Report of the Imperial Institute of Veterinary Research, Muktesar
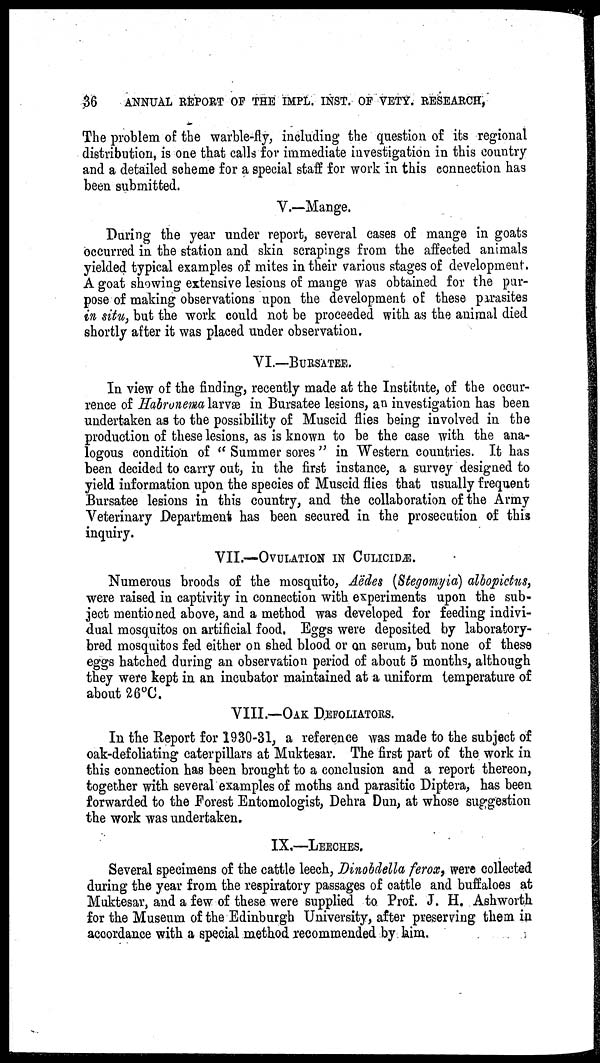
36
ANNUAL REPORT OF THE IMPL. INST. OF VETY. RESEARCH,
The problem of the warble-fly, including the question of its regional
distribution, is one that calls for immediate investigation in this country
and a detailed scheme for a special staff for work in this connection has
been submitted.
V.—Mange.
During the year under report, several cases of mange in goats
occurred in the station and skin scrapings from the affected animals
yielded typical examples of mites in their various stages of development.
A goat showing extensive lesions of mange was obtained for the pur-
pose of making observations upon the development of these parasites
in situ, but the work could not be proceeded with as the animal died
shortly after it was placed under observation.
VI.—BURSATEE.
In view of the finding, recently made at the Institute, of the occur-
rence of Habronema larvæ in Bursatee lesions, an investigation has been
undertaken as to the possibility of Muscid flies being involved in the
production of these lesions, as is known to be the case with the ana-
logous condition of " Summer sores " in Western countries. It has
been decided to carry out, in the first instance, a survey designed to
yield information upon the species of Muscid flies that usually frequent
Bursatee lesions in this country, and the collaboration of the Army
Veterinary Department has been secured in the prosecution of this
inquiry.
VII.—OVULATION IN CULICIDÆ.
Numerous broods of the mosquito, Aëdes (Stegomyia) albopictus,
were raised in captivity in connection with experiments upon the sub-
ject mentioned above, and a method was developed for feeding indivi-
dual mosquitos on artificial food. Eggs were deposited by laboratory-
bred mosquitos fed either on shed blood or on serum, but none of these
eggs hatched during an observation period of about 5 months, although
they were kept in an incubator maintained at a uniform temperature of
about 26°C.
VIII.—OAK DEFOLIATORS.
In the Report for 1930-31, a reference was made to the subject of
oak-defoliating caterpillars at Muktesar. The first part of the work in
this connection has been brought to a conclusion and a report thereon,
together with several examples of moths and parasitic Diptera, has been
forwarded to the Forest Entomologist, Dehra Dun, at whose suggestion
the work was undertaken.
IX.—LEECHES.
Several specimens of the cattle leech, Dinobdella ferox, were collected
during the year from the respiratory passages of cattle and buffaloes at
Muktesar, and a few of these were supplied to Prof. J. H. Ashworth
for the Museum of the Edinburgh University, after preserving them in
accordance with a special method recommended by him.